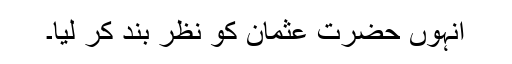
انہوں حضرت عثمانؓ کو نظر بند کر لیا۔